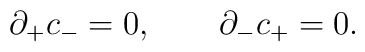
\partial_+ c_- = 0, \qquad \partial_- c_+ = 0.